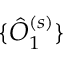
\{ \hat { O } _ { 1 } ^ { ( s ) } \}